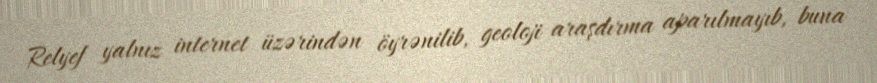
Relyef yalnız internet üzərindən öyrənilib, geoloji araşdırma aparılmayıb, buna